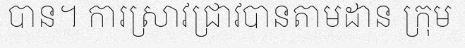
បាន។ ការស្រាវជ្រាវបានតាមដាន ក្រុម